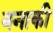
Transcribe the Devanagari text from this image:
बनाकी